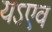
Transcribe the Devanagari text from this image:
यऽएव